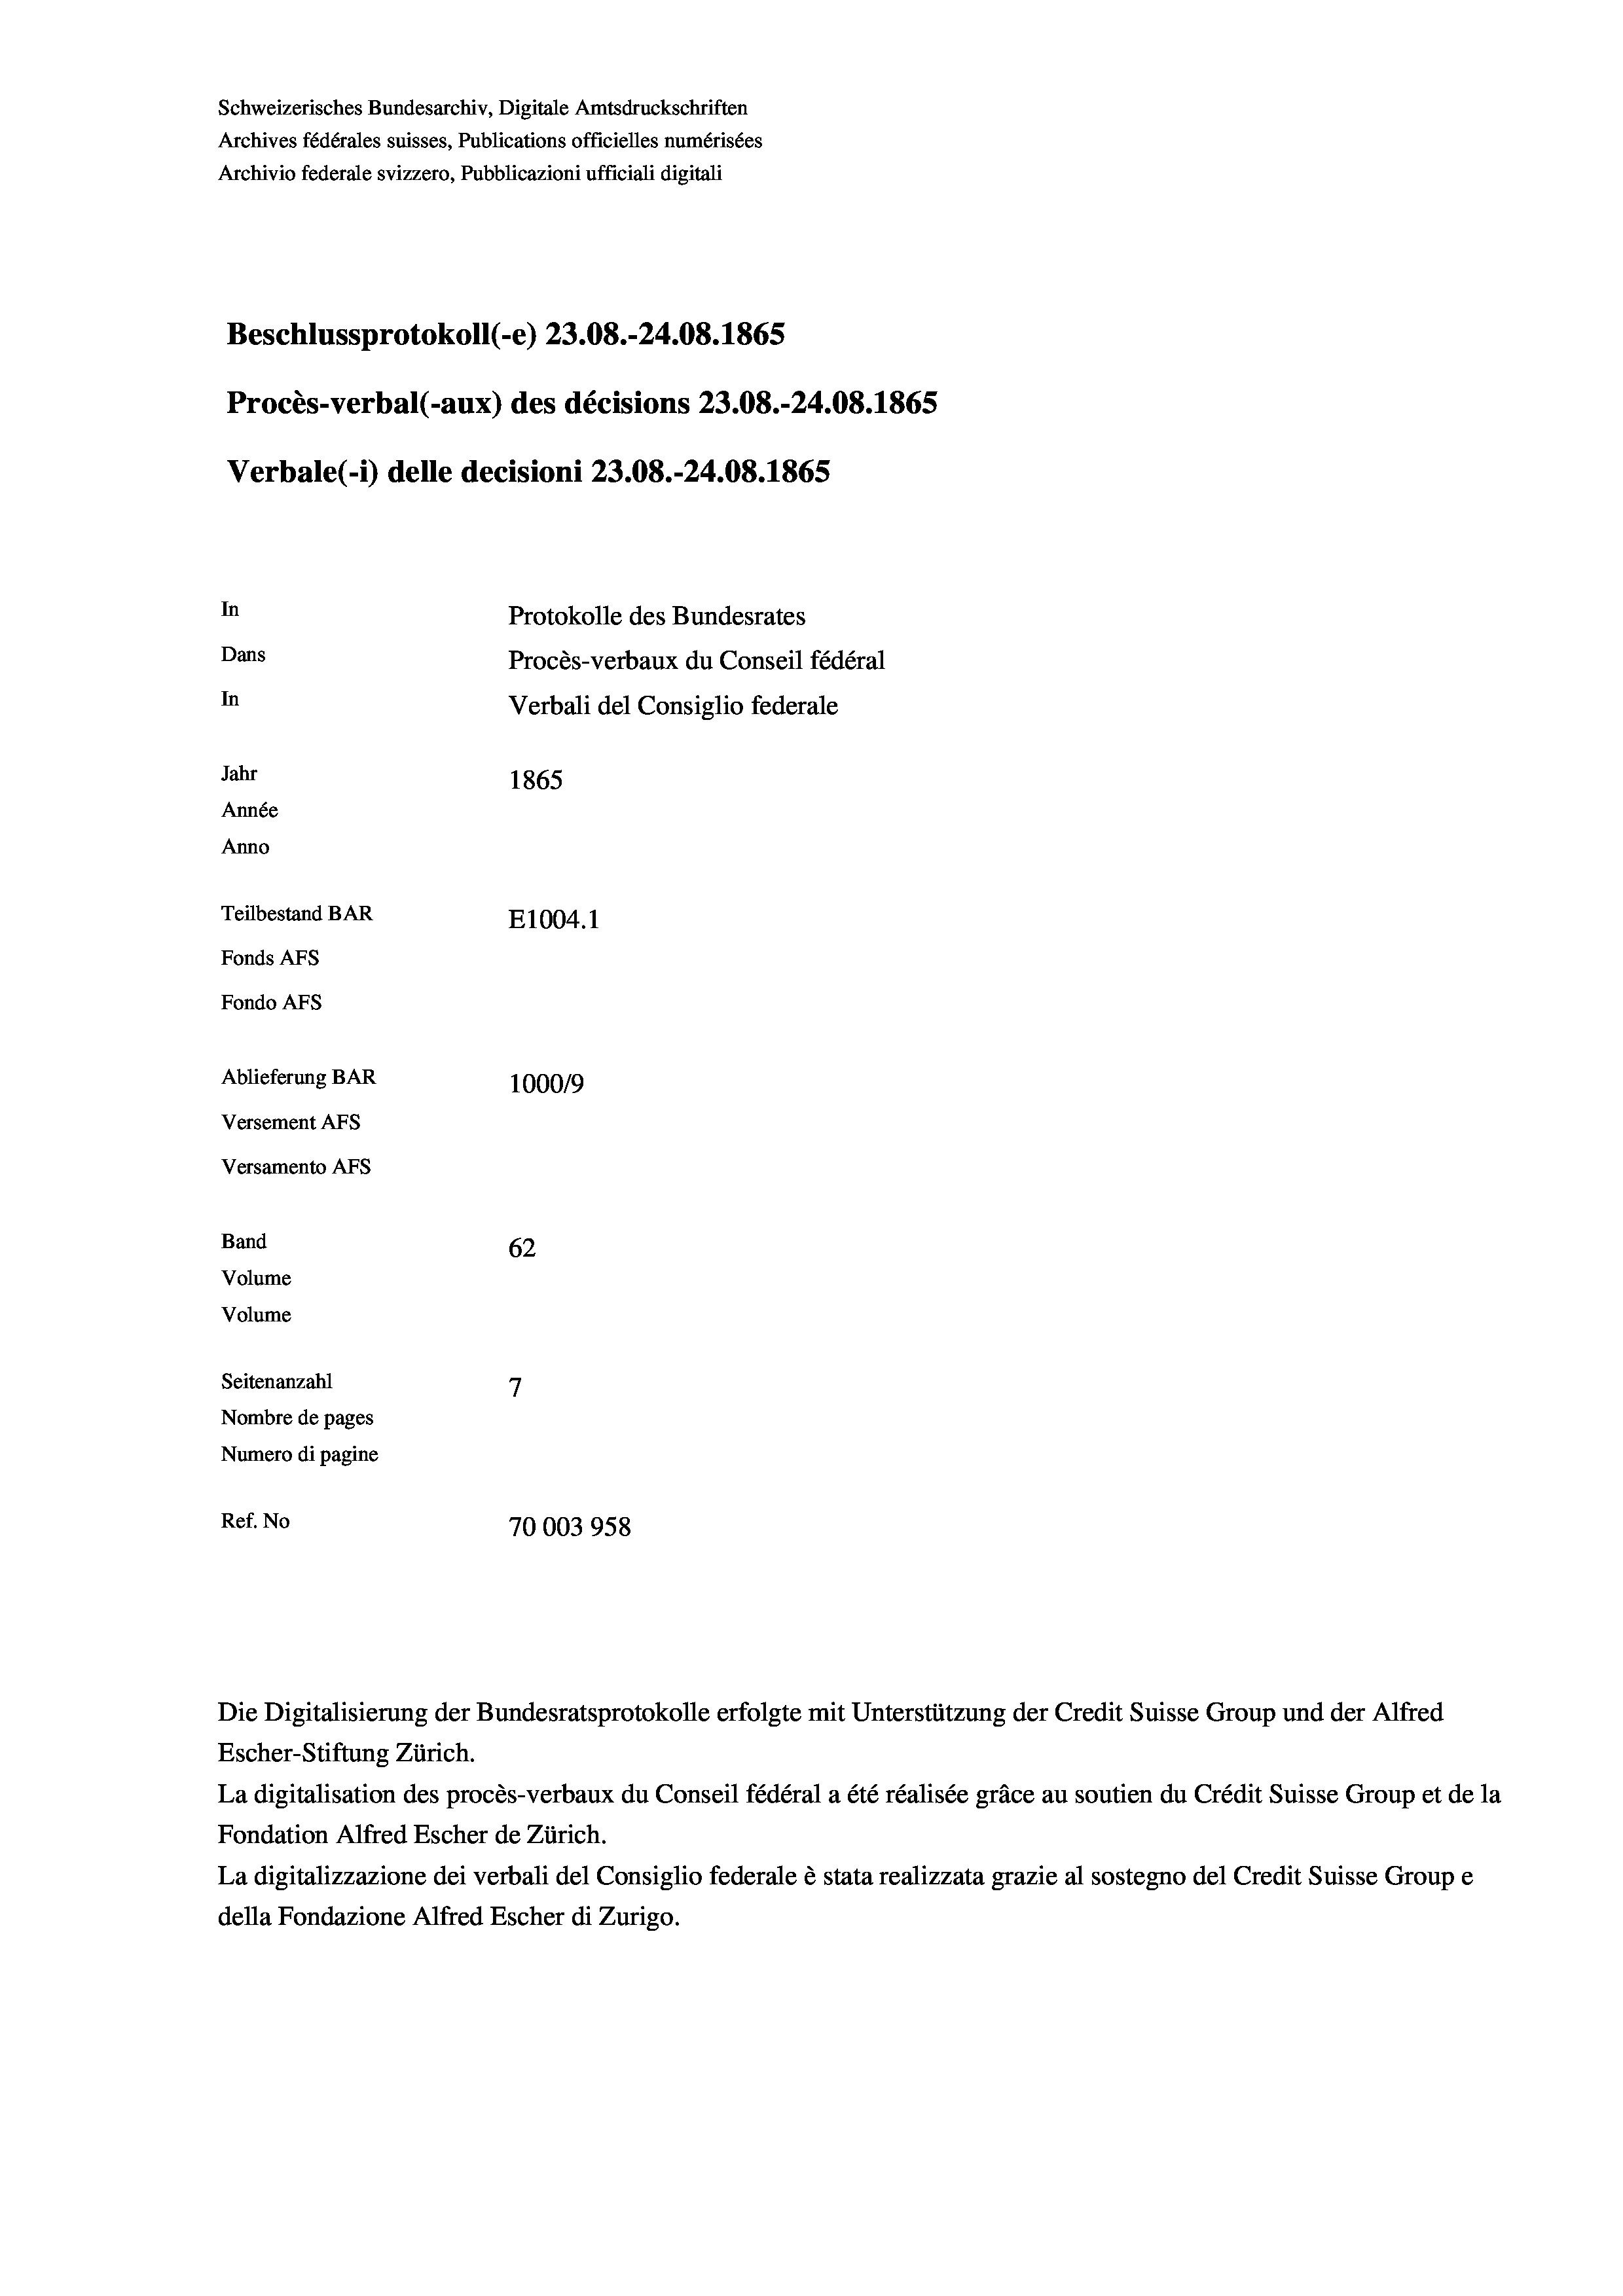
Schweizerisches Bundesarchiv, Digitale Amtsdruckschriften
Archives fédérales suisses, Publications officielles numérisées
Archivio federale svizzero, Pubblicazioni ufficiali digitali
Beschlussprotokoll (-e) 23.08.-24.08. 1865
Procès-verbal (-aux) des décisions 23.08.-24.08. 1865
Verbale(-*) delle decisioni 23.08.-24.08. 1865
In
Protokolle des Bundesrates
Dans
Procès-verbaux du Conseil fédéral
In
Verbali del Consiglio federale
Jahr
1865
Année
Anno
Teilbestand BAR
E1004. 1
Fonds AFs
Fondo AFs
Ablieferung BAR
100019
Versement AFs
Versamento Afs

Band
Volume
Volume
Seitenanzahl

62
7
Nombre de pages
Numero di pagine
Ref. No
70003958

Escher-Stiftung Zürich.
La digitalisation des procès-verbaux du Conseil fédéral a été réalisée gräce au soutien du Crédit Suisse Group et de la
Fondation Alfred Escher de Zürich.
La digitalizzazione dei verbali del Consiglio federale è stata realizzata grazie al sostegno del Credit Suisse Groupe
della Fondazione Alfred Escher di Zurigo.

Die Digitalisierung der Bundesratsprotokolle erfolgte mit Unterstützung der Credit Suisse Group und der Alfred